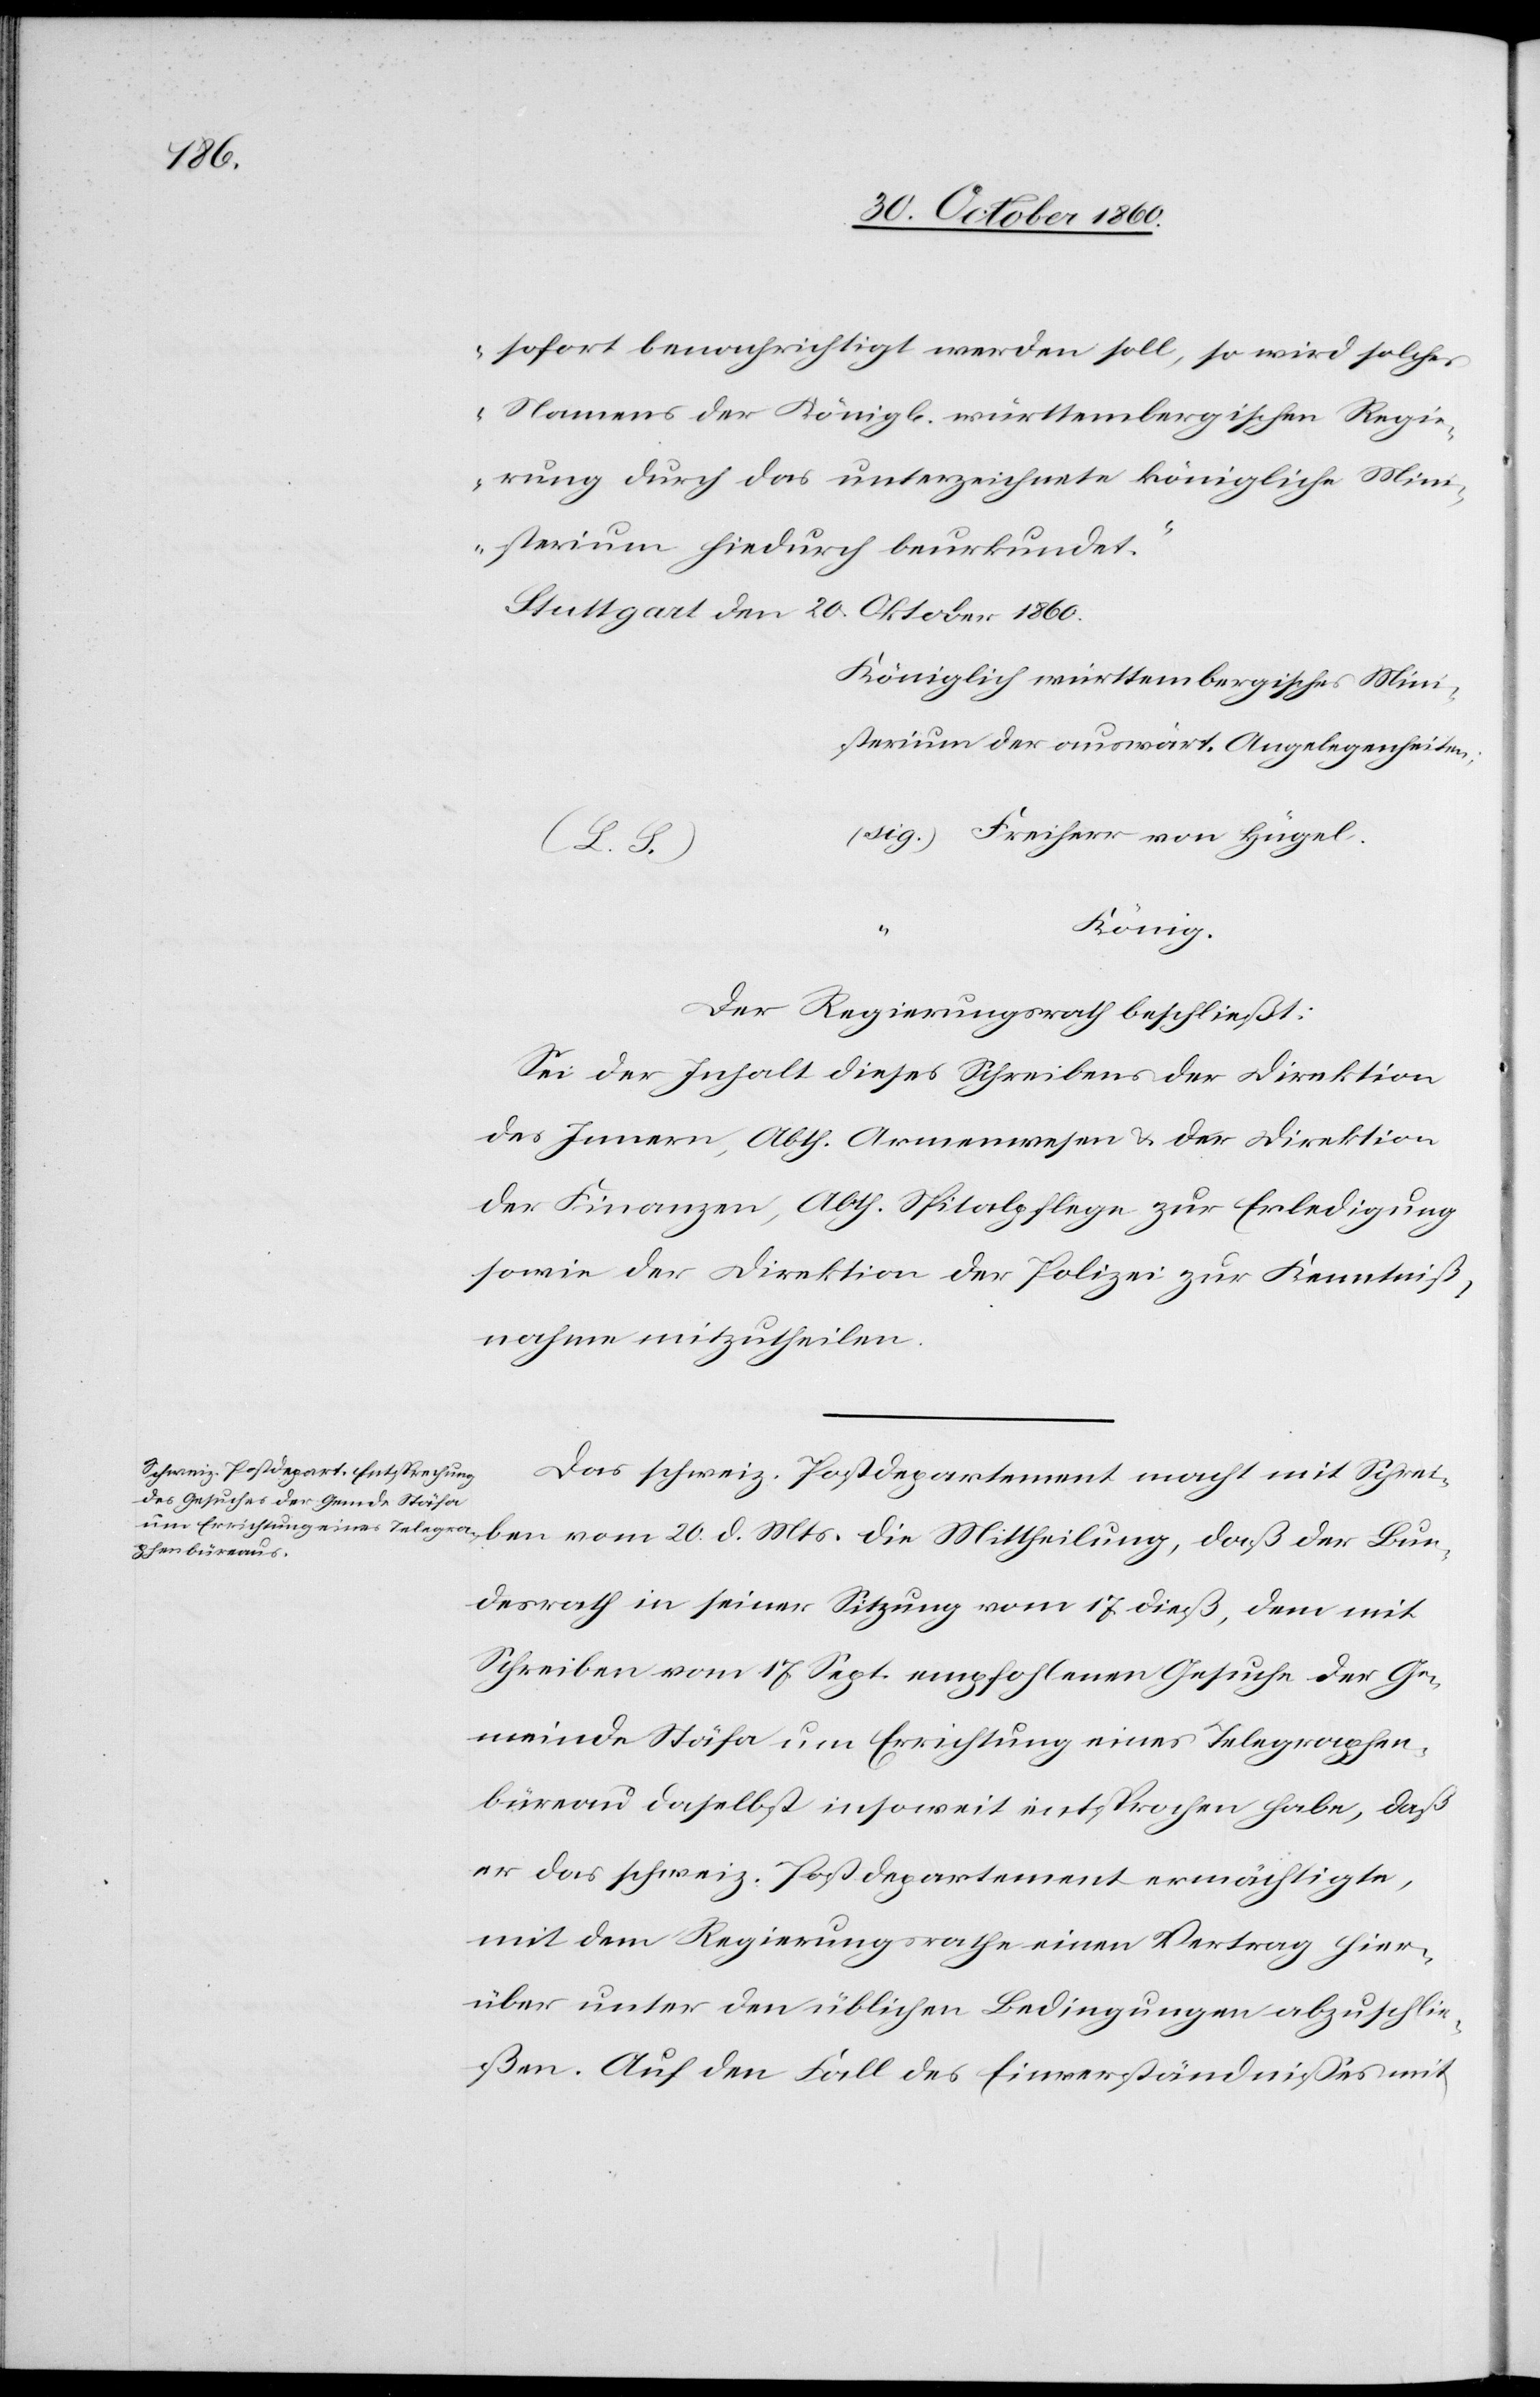
sofort benachrichtigt werden soll, so wird solches
Namens der Königl. württembergischen Regie¬
rung durch das unterzeichnete königliche Mini¬
sterium hiedurch beurkundet.“
Stuttgart den 20. Oktober 1860.
Königlich württembergisches Min¬
L.)	(sig.) Freiherr von Hügel
König
Der Regierungsrath beschließt:
Sei der Inhalt dieses Schreibens der Direktion
des Innern, Abth. Armenwesen u. der Direktion
der Finanzen, Abth. Spitalpflege zur Erledigung
sowie der Direktion der Polizei zur Kenntniß¬
nahme mitzutheilen.
Das schweiz. Postdepartement macht mit Schrei¬
ben vom 20. d. Mts. die Mittheilung, daß der Bun¬
desrath in seiner Sitzung vom 17. dieß, dem mit
Schreiben vom 17. Sept. empfohlenen Gesuche der Ge¬
meinde Stäfa um Entrichtung eines Telegraphen¬
büreau daselbst insoweit entsprochen habe, daß
er das schweiz. Postdepartement ermächtigte,
mit dem Regierungsrathe einen Vertrag hier¬
über unter den üblichen Bedingungen abzuschlie¬
ßen. Auf den Fall des Einverständnisses mit